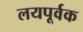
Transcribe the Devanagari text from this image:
लयपूर्वक